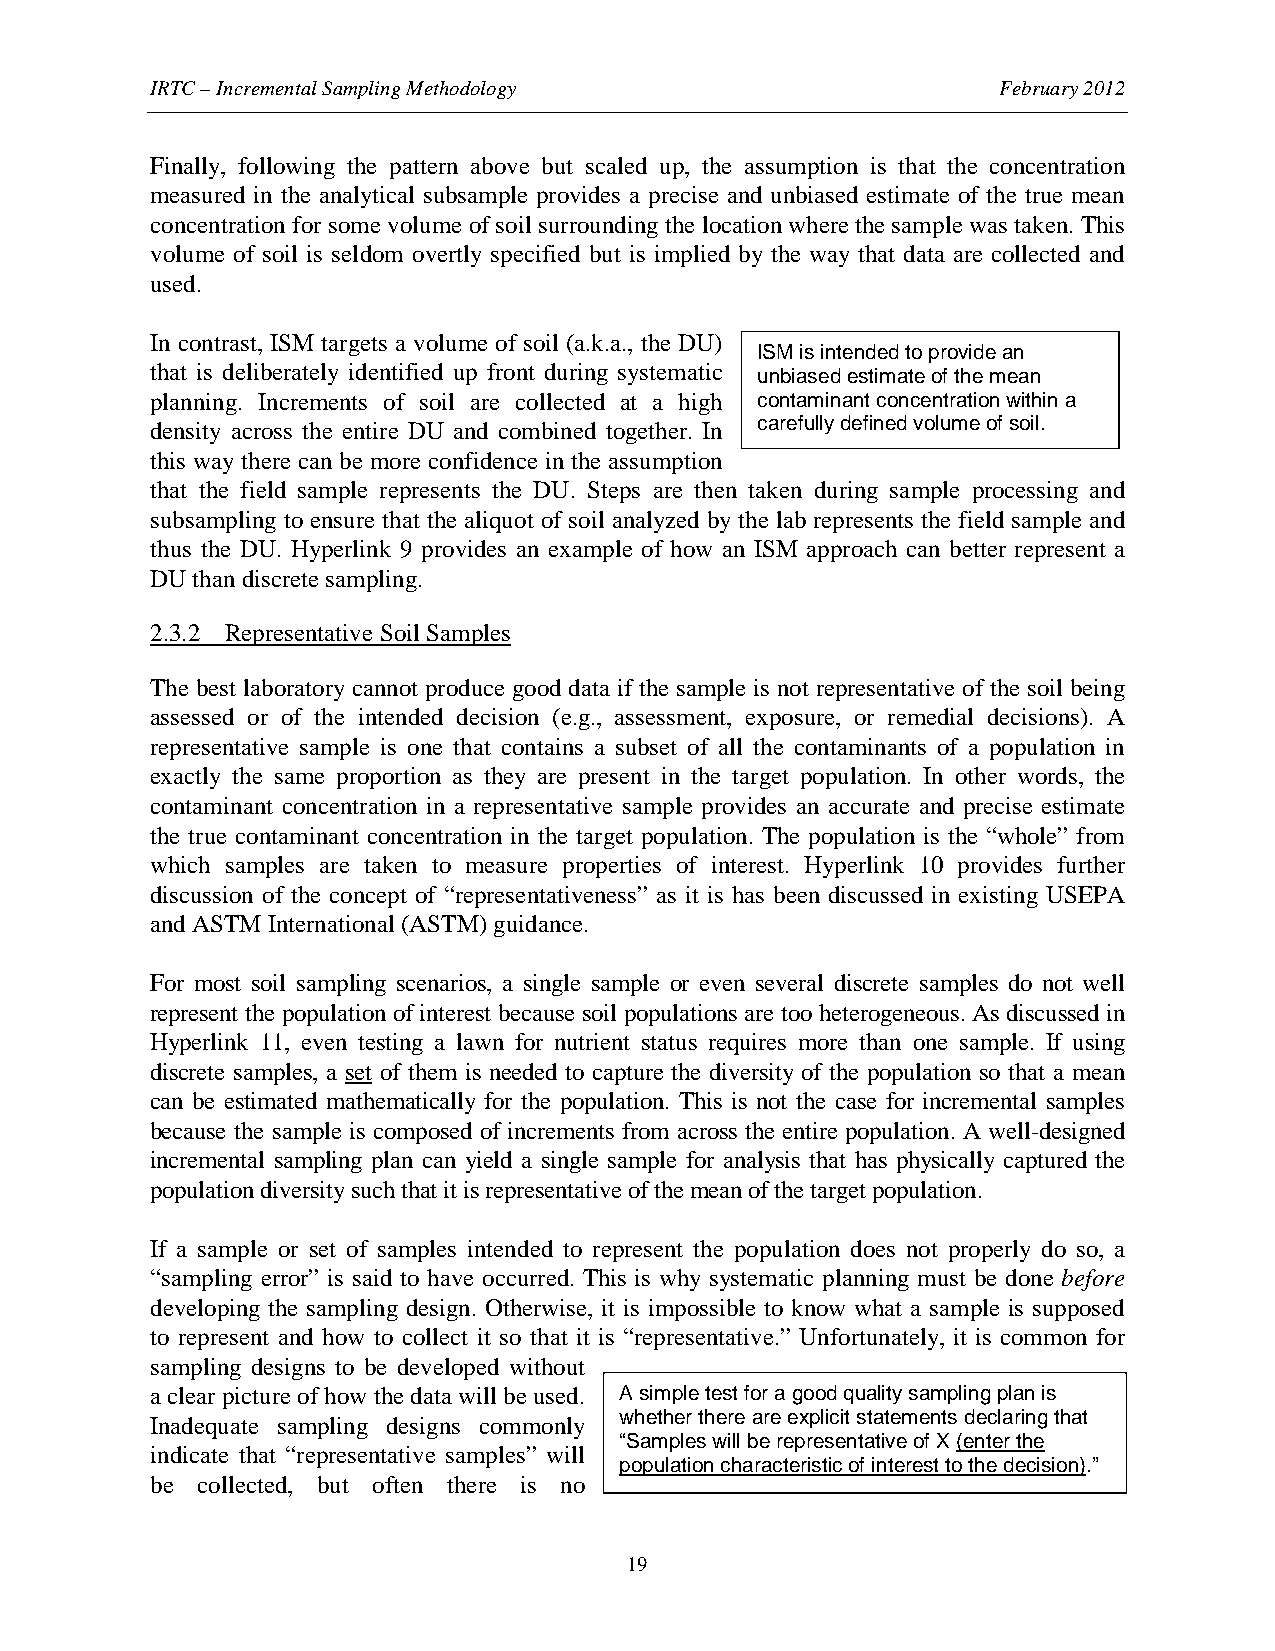
IRTC – Incremental Sampling Methodology                 February 2012
 Finally, following the pattern above but scaled up, the assumption is that the concentration
 measured in the analytical subsample provides a precise and unbiased estimate of the true mean
 concentration for some volume of soil surrounding the location where the sample was taken. This
 volume of soil is seldom overtly specified but is implied by the way that data are collected and
 used.
 In contrast, ISM targets a volume of soil (a.k.a., the DU)
 ISM is intended to provide an
 that is deliberately identified up front during systematic unbiased estimate of the mean
 planning. Increments of soil are collected at a high contaminant concentration within a
 density across the entire DU and combined together. In carefully defined volume of soil.
 this way there can be more confidence in the assumption
 that the field sample represents the DU. Steps are then taken during sample processing and
 subsampling to ensure that the aliquot of soil analyzed by the lab represents the field sample and
 thus the DU. Hyperlink 9 provides an example of how an ISM approach can better represent a
 DU than discrete sampling.
 2.3.2 Representative Soil Samples
 The best laboratory cannot produce good data if the sample is not representative of the soil being
 assessed or of the intended decision (e.g., assessment, exposure, or remedial decisions). A
 representative sample is one that contains a subset of all the contaminants of a population in
 exactly the same proportion as they are present in the target population. In other words, the
 contaminant concentration in a representative sample provides an accurate and precise estimate
 the true contaminant concentration in the target population. The population is the “whole” from
 which samples are taken to measure properties of interest. Hyperlink 10 provides further
 discussion of the concept of “representativeness” as it is has been discussed in existing USEPA
 and ASTM International (ASTM) guidance.
 For most soil sampling scenarios, a single sample or even several discrete samples do not well
 represent the population of interest because soil populations are too heterogeneous. As discussed in
 Hyperlink 11, even testing a lawn for nutrient status requires more than one sample. If using
 discrete samples, a set of them is needed to capture the diversity of the population so that a mean
 can be estimated mathematically for the population. This is not the case for incremental samples
 because the sample is composed of increments from across the entire population. A well-designed
 incremental sampling plan can yield a single sample for analysis that has physically captured the
 population diversity such that it is representative of the mean of the target population.
 If a sample or set of samples intended to represent the population does not properly do so, a
 “sampling error” is said to have occurred. This is why systematic planning must be done before
 developing the sampling design. Otherwise, it is impossible to know what a sample is supposed
 to represent and how to collect it so that it is “representative.” Unfortunately, it is common for
 sampling designs to be developed without
 a clear picture of how the data will be used. A simple test for a good quality sampling plan is
 whether there are explicit statements declaring that
 Inadequate sampling designs commonly
 “Samples will be representative of X (enter the
 indicate that “representative samples” will
 population characteristic of interest to the decision).”
 be collected, but often there is no
 19